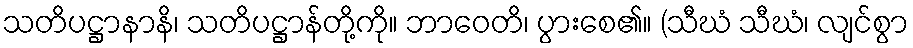
သတိပဋ္ဌာနာနိ၊ သတိပဋ္ဌာန်တို့ကို။ ဘာဝေတိ၊ ပွားစေ၏။ (သီဃံ သီဃံ၊ လျင်စွာ